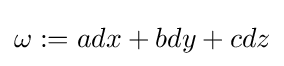
\omega :=adx+bdy+cdz